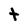
Character: t